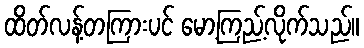
ထိတ်လန့်တကြားပင် မော့ကြည့်လိုက်သည်။